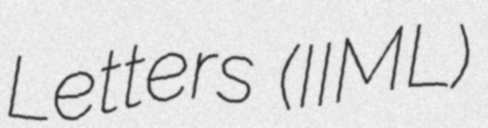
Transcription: Letters (IIML)